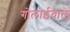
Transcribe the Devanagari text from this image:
गोलाईवाले